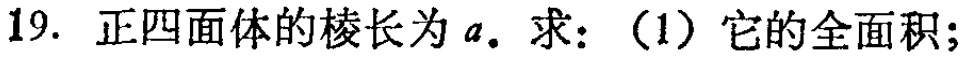
19. 正四面体的棱长为\(a\)。求：（1）它的全面积；